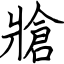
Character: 牄